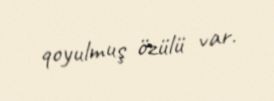
qoyulmuş özülü var.